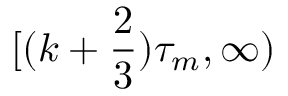
[ ( k + \frac 2 3 ) \tau _ { m } , \infty )